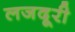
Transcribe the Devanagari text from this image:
लजदूरी